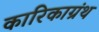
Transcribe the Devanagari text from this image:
कारिकाग्रंथ